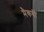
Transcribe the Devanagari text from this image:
मैकबी